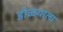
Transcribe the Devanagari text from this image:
डोळयाला